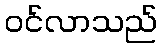
ဝင်လာသည်